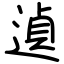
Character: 遉